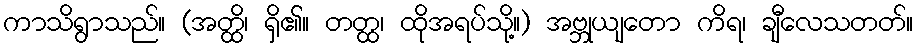
ကာသိရွာသည်။ (အတ္ထိ၊ ရှိ၏။ တတ္ထ၊ ထိုအရပ်သို့။) အဗ္ဘုယျတော ကိရ၊ ချီလေသတတ်။